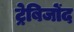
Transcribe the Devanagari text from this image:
ट्रेबिजोंद